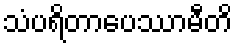
သံပရိတာပေဿာမီတိ